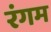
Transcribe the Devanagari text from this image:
रंगम